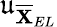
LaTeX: \mathfrak{u}_{\overline{{\mathbf{X}}}_{EL}}